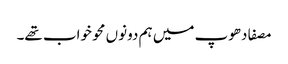
مصفا دھوپ میں ہم دونوں محو خواب تھے۔